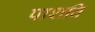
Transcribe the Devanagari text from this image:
पाशवि